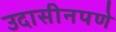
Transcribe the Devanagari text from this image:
उदासीनपणे